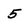
Character: 5